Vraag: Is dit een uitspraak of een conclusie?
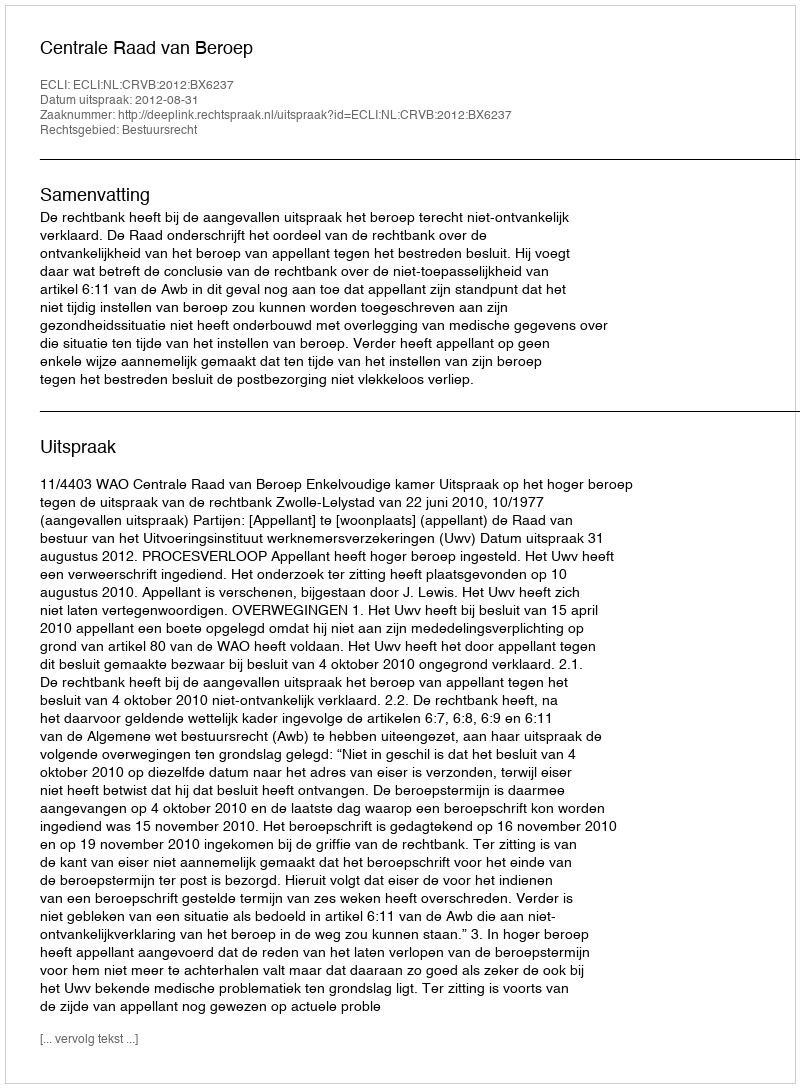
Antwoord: Uitspraak